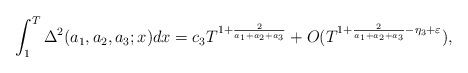
\begin{align*}\int_1^T \Delta^2(a_1,a_2,a_3 ;x) dx=c_3T^{1+\frac{2}{a_1+a_2+a_3}}+O(T^{1+\frac{2}{a_1+a_2+a_3}-\eta_3+\varepsilon}),\end{align*}